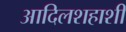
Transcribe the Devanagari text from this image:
आदिलशहाशी